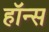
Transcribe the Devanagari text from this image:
हॉन्स